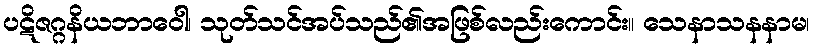
ပဋိဇဂ္ဂနိယဘာဝေါ၊ သုတ်သင်အပ်သည်၏အဖြစ်လည်းကောင်း။ သေနာသနနာမ၊